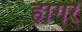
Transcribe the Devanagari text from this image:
हागर